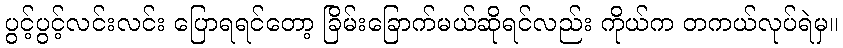
ပွင့်ပွင့်လင်းလင်း ပြောရရင်တော့ ခြိမ်းခြောက်မယ်ဆိုရင်လည်း ကိုယ်က တကယ်လုပ်ရဲမှ။